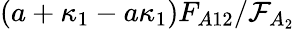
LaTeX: (a+\kappa_{1}-a\kappa_{1})F_{A12}/\mathcal{F}_{A_{2}}